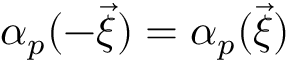
{ \alpha } _ { p } ( - \vec { \xi } ) = { \alpha } _ { p } ( \vec { \xi } )